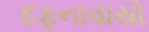
દફનાવાયો